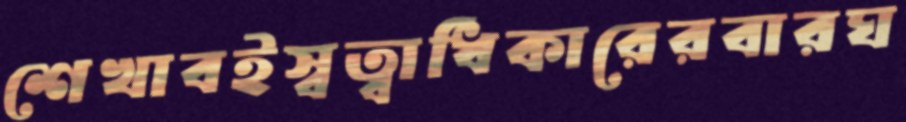
শেখাবইস্বত্বাধিকারেরবারঘ